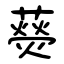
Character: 藀